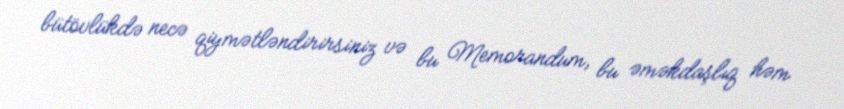
bütövlükdə necə qiymətləndirirsiniz və bu Memorandum, bu əməkdaşlıq həm